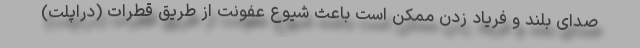
صدای بلند و فریاد زدن ممکن است باعث شیوع عفونت از طریق قطرات (دراپلت)